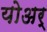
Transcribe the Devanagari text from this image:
योअर्